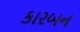
કારબન